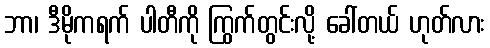
ဘာ၊ ဒီမိုကရက် ပါတီကို ကြွက်တွင်းလို့ ခေါ်တယ် ဟုတ်လား